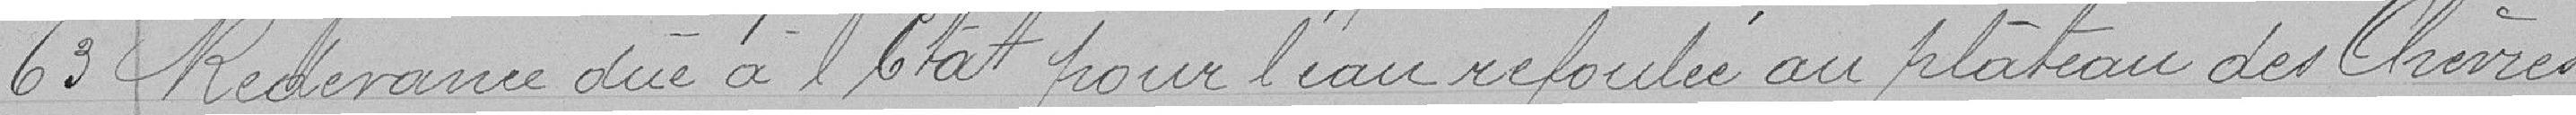
63 Redevance dûe à l'Etat pour l'eau refoulée au plateau des chèvres